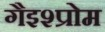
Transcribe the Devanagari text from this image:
गैइश्प्रोम